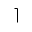
\rceil